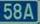
58a